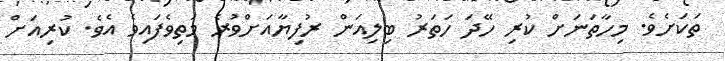
ތަކަށެވެ. މިހާތަނަށް ކުރި ހޭދަ ހަތަރު ބިލިއަން ރުފިޔާއަށްވުރެ މަތިވެފައިވެ އެވެ. ކުރިއަށް